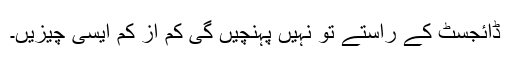
ڈائجسٹ کے راستے تو نہیں پہنچیں گی کم از کم ایسی چیزیں۔